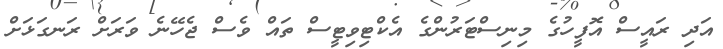
އަދި ރައީސް އޮފީހުގެ މިނިސްޓަރުންގެ އެކްޓިވިޓީސް ތައް ވެސް ޖެހޭނެ ވަރަށް ރަނގަޅަށް